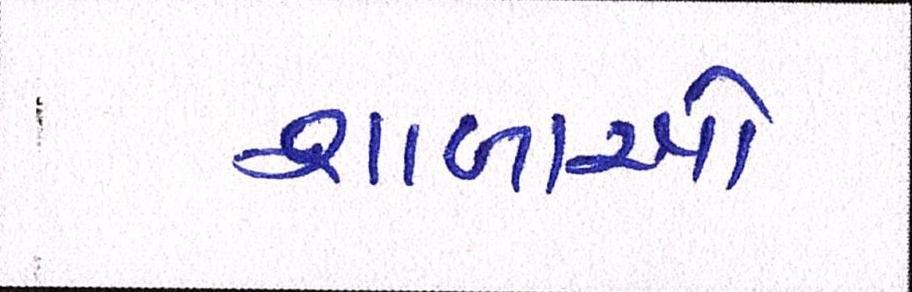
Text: શાળાઓ